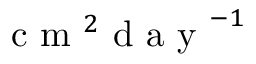
\mathrm { ~ c ~ m ~ } ^ { 2 } \mathrm { ~ d ~ a ~ y ~ } ^ { - 1 }